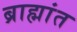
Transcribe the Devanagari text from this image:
ब्राह्मांत